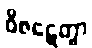
ဝိဇဋေတွာ